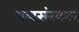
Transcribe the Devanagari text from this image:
शब्दसंस्कार